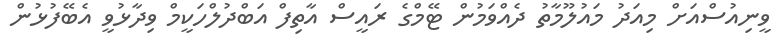
ވީނިއުސްއަށް މިއަދު މައުލޫމާތު ދެއްވަމުން ޓޭމްގެ ރައީސް އާތިފް އަބްދުލްހަކީމް ވިދާޅުވީ އެބޭފުޅުން